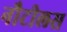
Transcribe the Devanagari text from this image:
नौटीलस